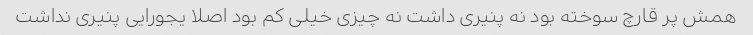
همش پر قارچ سوخته بود نه پنیری داشت نه چیزی خیلی کم بود اصلا یجورایی پنیری نداشت